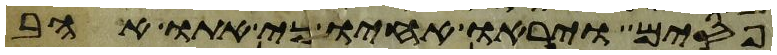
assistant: פסים ויראו אחיו כי אתו אהב